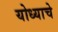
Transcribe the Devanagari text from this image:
योध्याचे